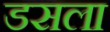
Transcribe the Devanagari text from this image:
डसला